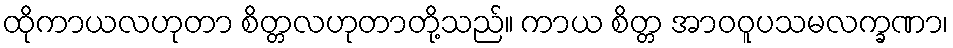
ထိုကာယလဟုတာ စိတ္တလဟုတာတို့သည်။ ကာယ စိတ္တ အာဝဝူပသမလက္ခဏာ၊